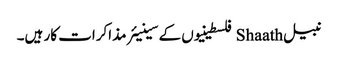
نبیل Shaath فلسطینیوں کے سینیئر مذاکرات کار ہیں۔